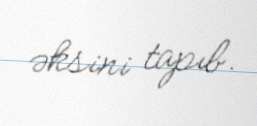
əksini tapıb.